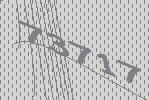
73717